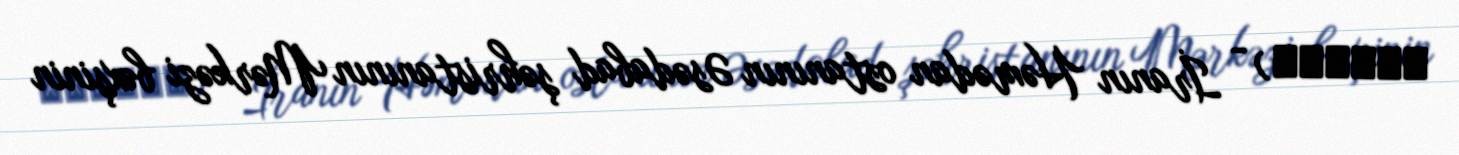
قمشانه) - İranın Həmədan ostanının Əsədabad şəhristanının Mərkəzi bəxşinin